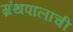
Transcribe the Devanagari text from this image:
ग्रंथपालांची